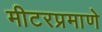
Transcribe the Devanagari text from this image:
मीटरप्रमाणे